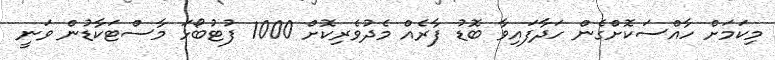
މިކަމަށް ހާއްސަކޮށްގެން ހަދާފައިވާ ބޮޑު ފާރެއް މެދުވެރިކޮށް 1000 ފުޓުބޯޅަ މާސްޓަކާޑުން ވަނީ